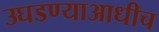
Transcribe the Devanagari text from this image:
उघडण्याआधीच